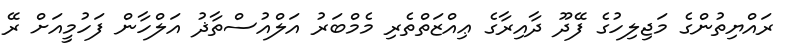
ރައްޔިތުންގެ މަޖިލިހުގެ ފޭދޫ ދާއިރާގެ ޢިއްޒަތްތެރި މެމްބަރު އަލްއުސްތާޛު އަލްހާން ފަހުމީއަށް ރޭ